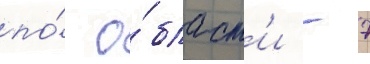
по́ о́бласт'и - 7